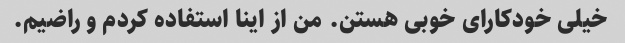
خیلی خودکارای خوبی هستن. من از اینا استفاده کردم و راضیم.